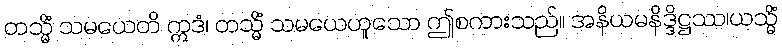
တသ္မိံ သမယေတိ ဣဒံ၊ တသ္မိံ သမယေဟူသော ဤစကားသည်။ အနိယမနိဒ္ဒိဋ္ဌဿ၊ယသ္မိံ